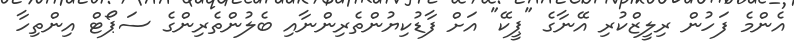
އެންމެ ފަހުން ރިލީޒްކުރި އޭނާގެ "ޕީކޭ" އަށް ފާޑުކިޔުންތެރިންނާއި ބެލުންތެރިންގެ ސަޕޯޓް އިންތިހާ